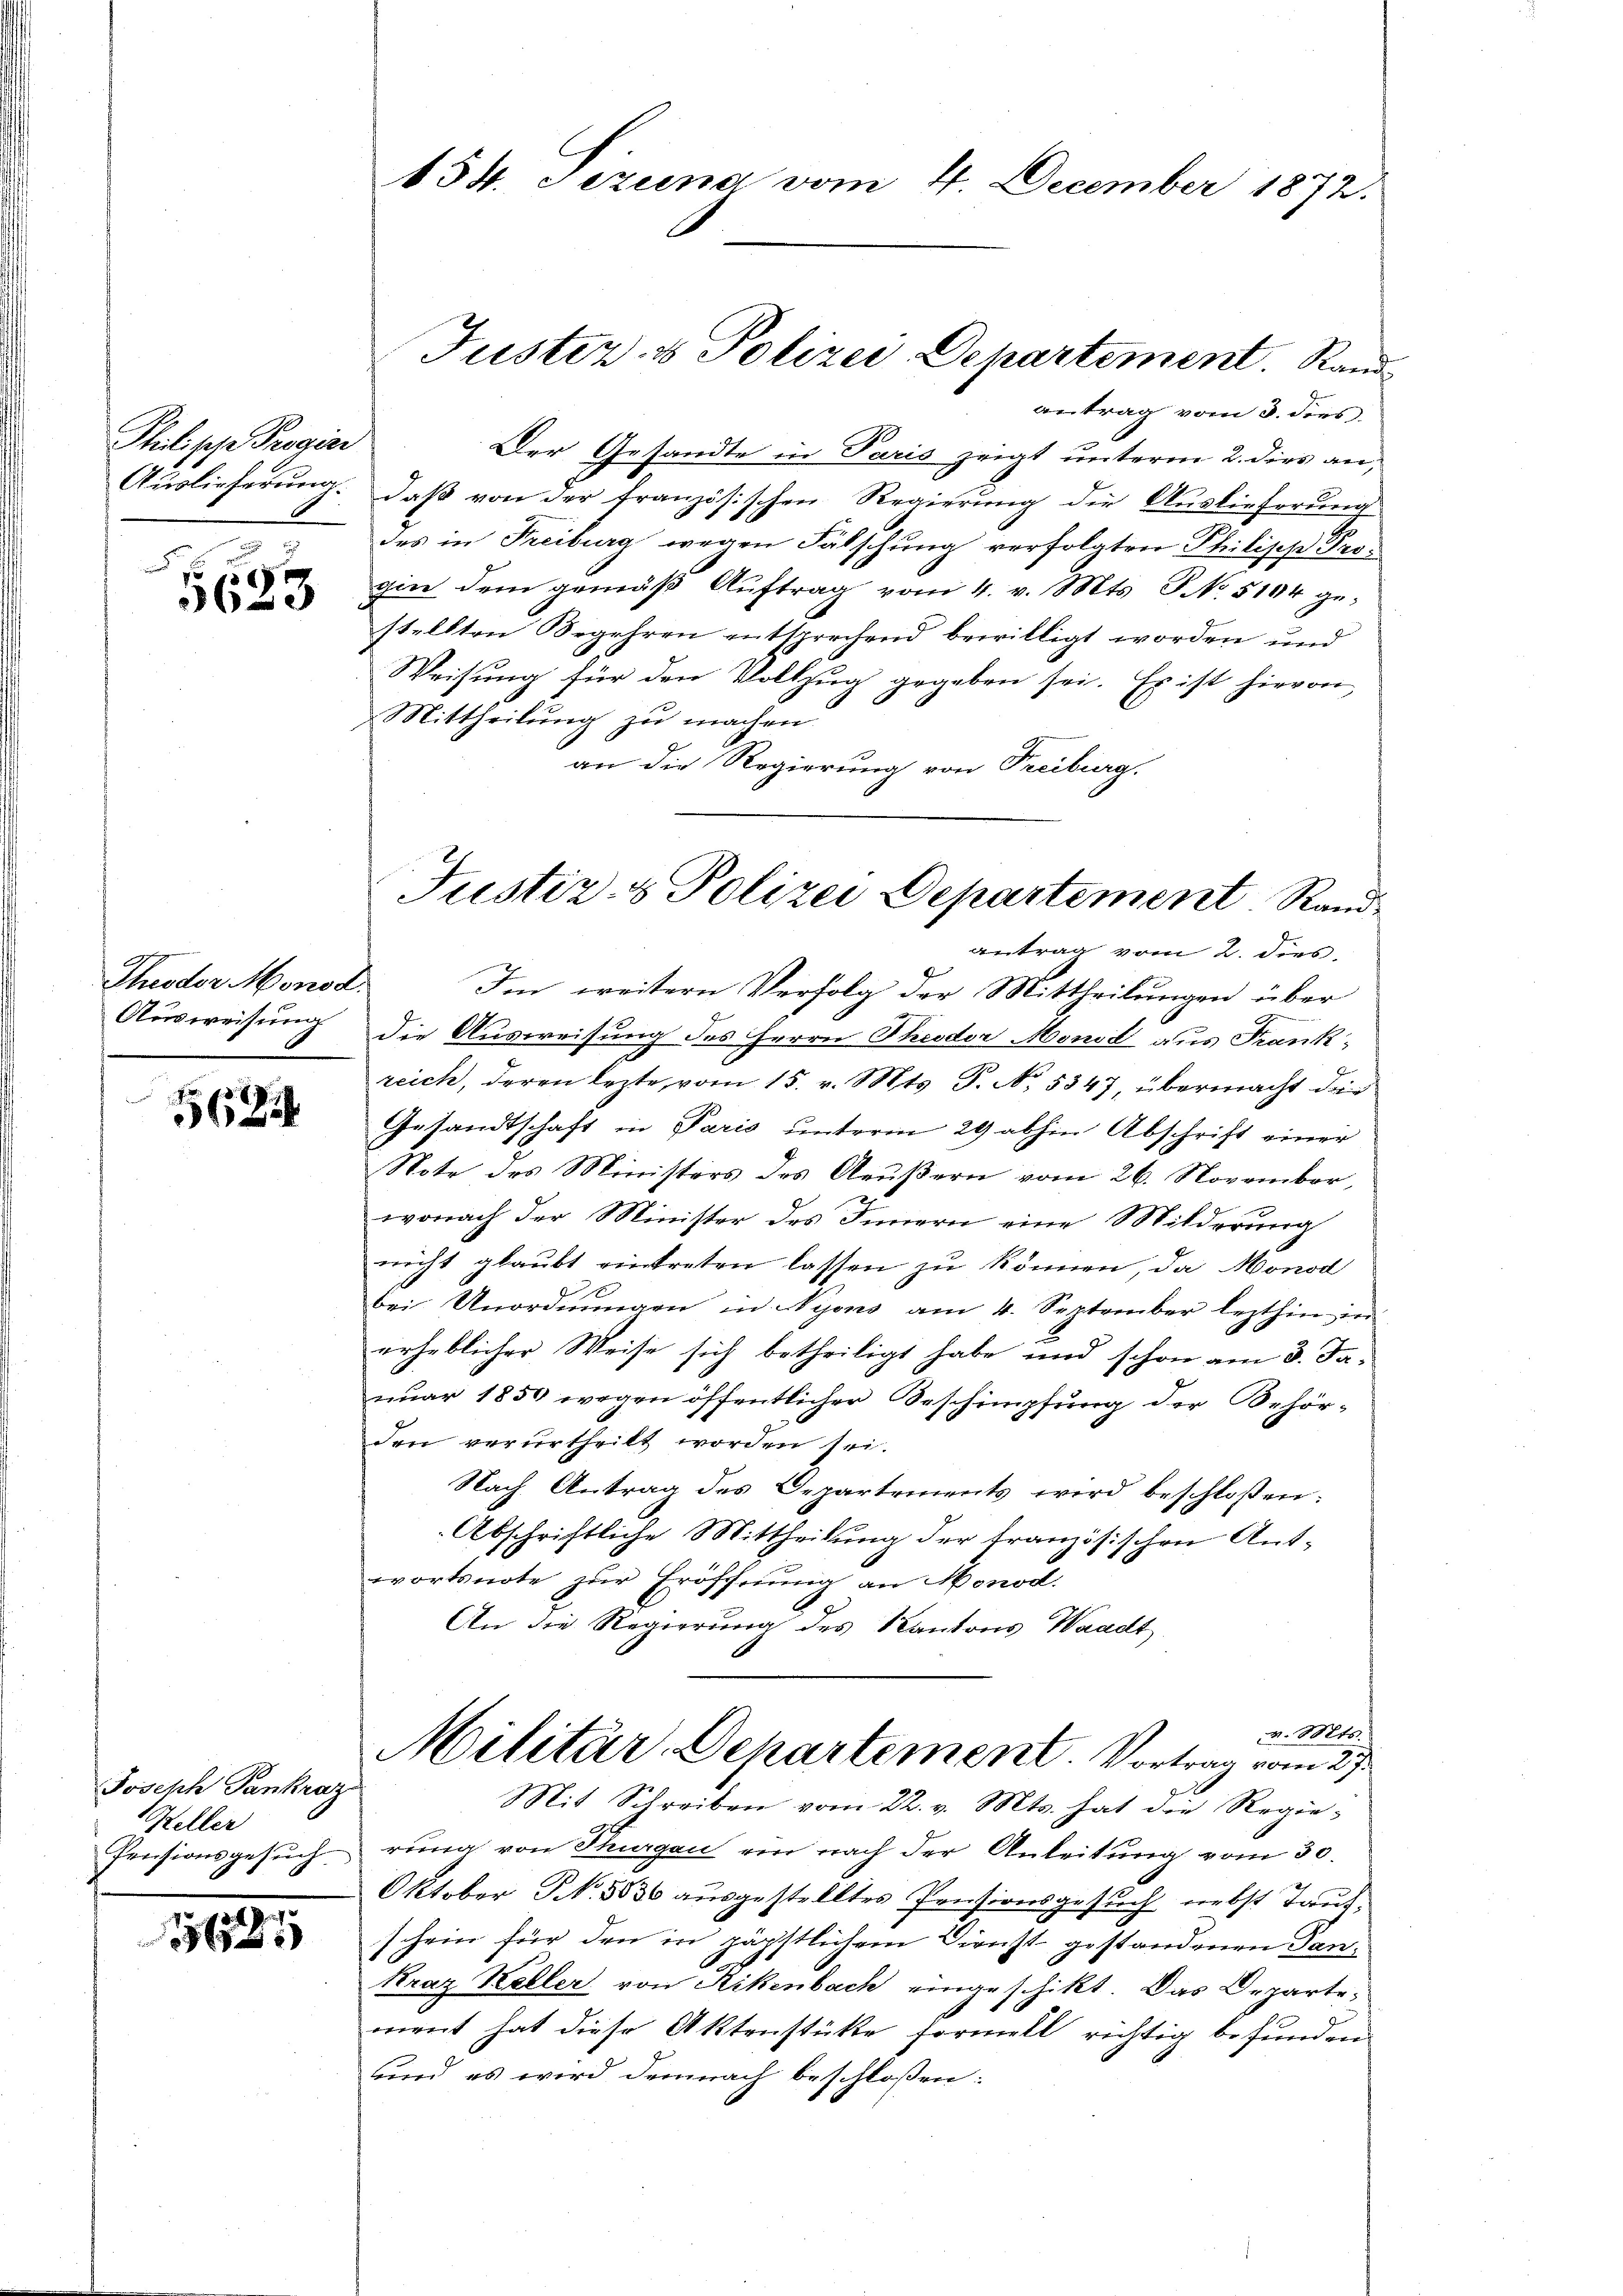
Philische Progin
Auslieferung.

f 0 x
2

Theodor Monsd
Ausweisung

562

Joseph Pankraz
Keller
Pensionsgesuch

.
687

154. eizung vom 4. December 1872.

antrag vom 3. dies
Der Gesandte in Paris zeigt unterm 2. dies an,
daß von der französischen Regierung die Auslieferung
des in Freiburg wegen Fälschung verfolgten Philische Progin dem gemäß Auftrag vom 4. v. Mts. S No. 5104 gestellten Begehren entsprechend bewilligt worden und
Weisung für den Vollzug gegeben sei. Es ist hievon
Mittheilung zu machen
an die Regierung von Treiburg.
Im weitern Verfolg der Mittheilungen über
die Ausweisung des Herrn Theodor Mond aus Frank,
reich, deren lezte, vom 15. v. Mts. S. N. 5347 übermacht die
Gesandtschaft in Paris unterm 29 abhin Abschrift einer
Note des Ministers des Aeußern vom 26. November,
wonach der Minister des Innern eine Milderung
rricht glaubt eintreten lassen zu können, da Monod

bei Unordnungen in Nyons am 4. September lezthin in
erheblicher Weise sich betheiligt habe und schon am 3. Ja-
nuar 1850 wegen öffentlicher Beschimpfung der Behörden verurtheilt worden sei.
Nach Antrag des Departements wird beschloßen:
Abschriftliche Mittheilung der französischen Ant-
wortsnote zur Eröffnung an Monod.
An die Regierung des Kantons Waadt
d. Mts.
Militär, Departement Vortrag vom 27.
Mit Schreiben vom 22. v. Mts. hat die Regie-
rung von Thurgau ein nach der Anleitung vom 30.
Oktober N. 3836 ausgestelltes Pensionsgesuch nebst Taufschein für den in päpstlichem Dienst gestandenen Tan¬
Kraz Keller von Rikenbach eingeschikt. Das Departement hat diese Aktenstüke formell richtig befunden
sind es wird demnach beschloßen:

Justiz- & Polizei Departement. Rand¬

Justiz- & Polizei Departement Rand
antrag vom 2. dies